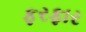
ફરફાર